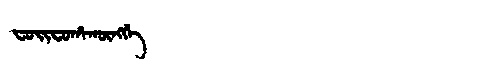
Manchu: ᠸᠣᡳᠸᠣᡥᠠᡴᡡᠩᡤᡝ
Romanization: FOIFOHAKŪNGGE